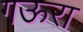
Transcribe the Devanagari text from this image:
गऊरा